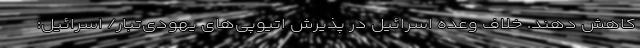
کاهش دهند. خلاف وعده اسرائیل در پذیرش اتیوپی‌های یهودی‌تبار/ اسرائیل: